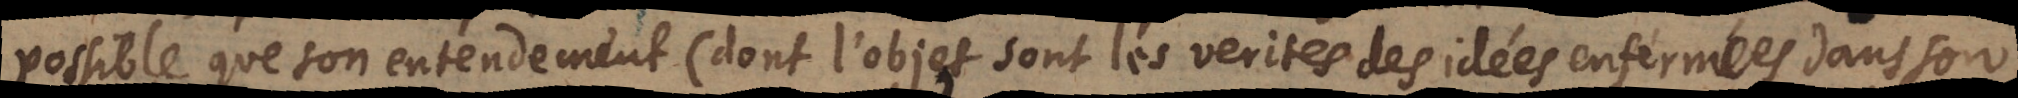
possible que son entendement(dont l’objet sont les verites des idées enfermées dans son